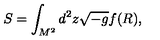
S = \int _ { M ^ { 2 } } ^ { } d ^ { 2 } z \sqrt { - g } f ( R ) ,